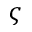
\varsigma